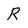
Character: R